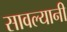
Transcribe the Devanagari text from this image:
सावल्यानी